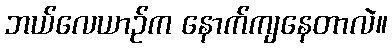
ဘယ်လေယာဉ်က နောက်ကျနေတာလဲ။